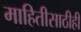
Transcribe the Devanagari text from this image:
माहितीसाठीही